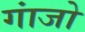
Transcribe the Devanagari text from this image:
गांजो